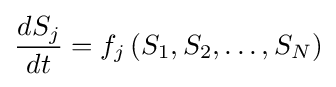
{\frac {dS_{j}}{dt}}=f_{j}\left(S_{1},S_{2},\ldots ,S_{N}\right)